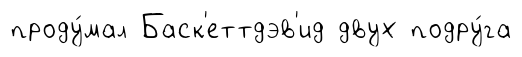
проду́мал Баск'еттдэв'ид двух подру́га